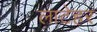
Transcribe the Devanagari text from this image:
लाटेहर